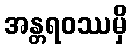
အန္တရဝဿမှိ